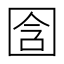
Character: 𫭉